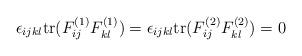
LaTeX: \begin{align*}\epsilon_{ijkl} \mbox{tr} (F^{(1)}_{ij} F^{(1)}_{kl} ) =\epsilon_{ijkl} \mbox{tr} (F^{(2)}_{ij} F^{(2)}_{kl} ) = 0\end{align*}